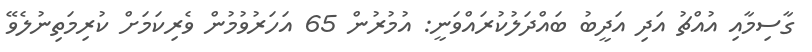
ގާސިމާއި އުއްޗު އަދި އަދީބު ބައްދަލުކުރައްވަނީ: އުމުރުން 65 އަހަރުވުމުން ވެރިކަމަށް ކުރިމަތިނުލެވޭ